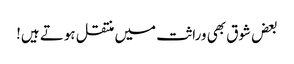
بعض شوق بھی وراثت میں منتقل ہوتے ہیں!